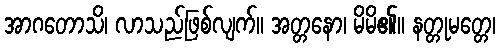
အာဂတောသိ၊ လာသည်ဖြစ်လျက်။ အတ္တနော၊ မိမိ၏။ နတ္တုမတ္တေ၊